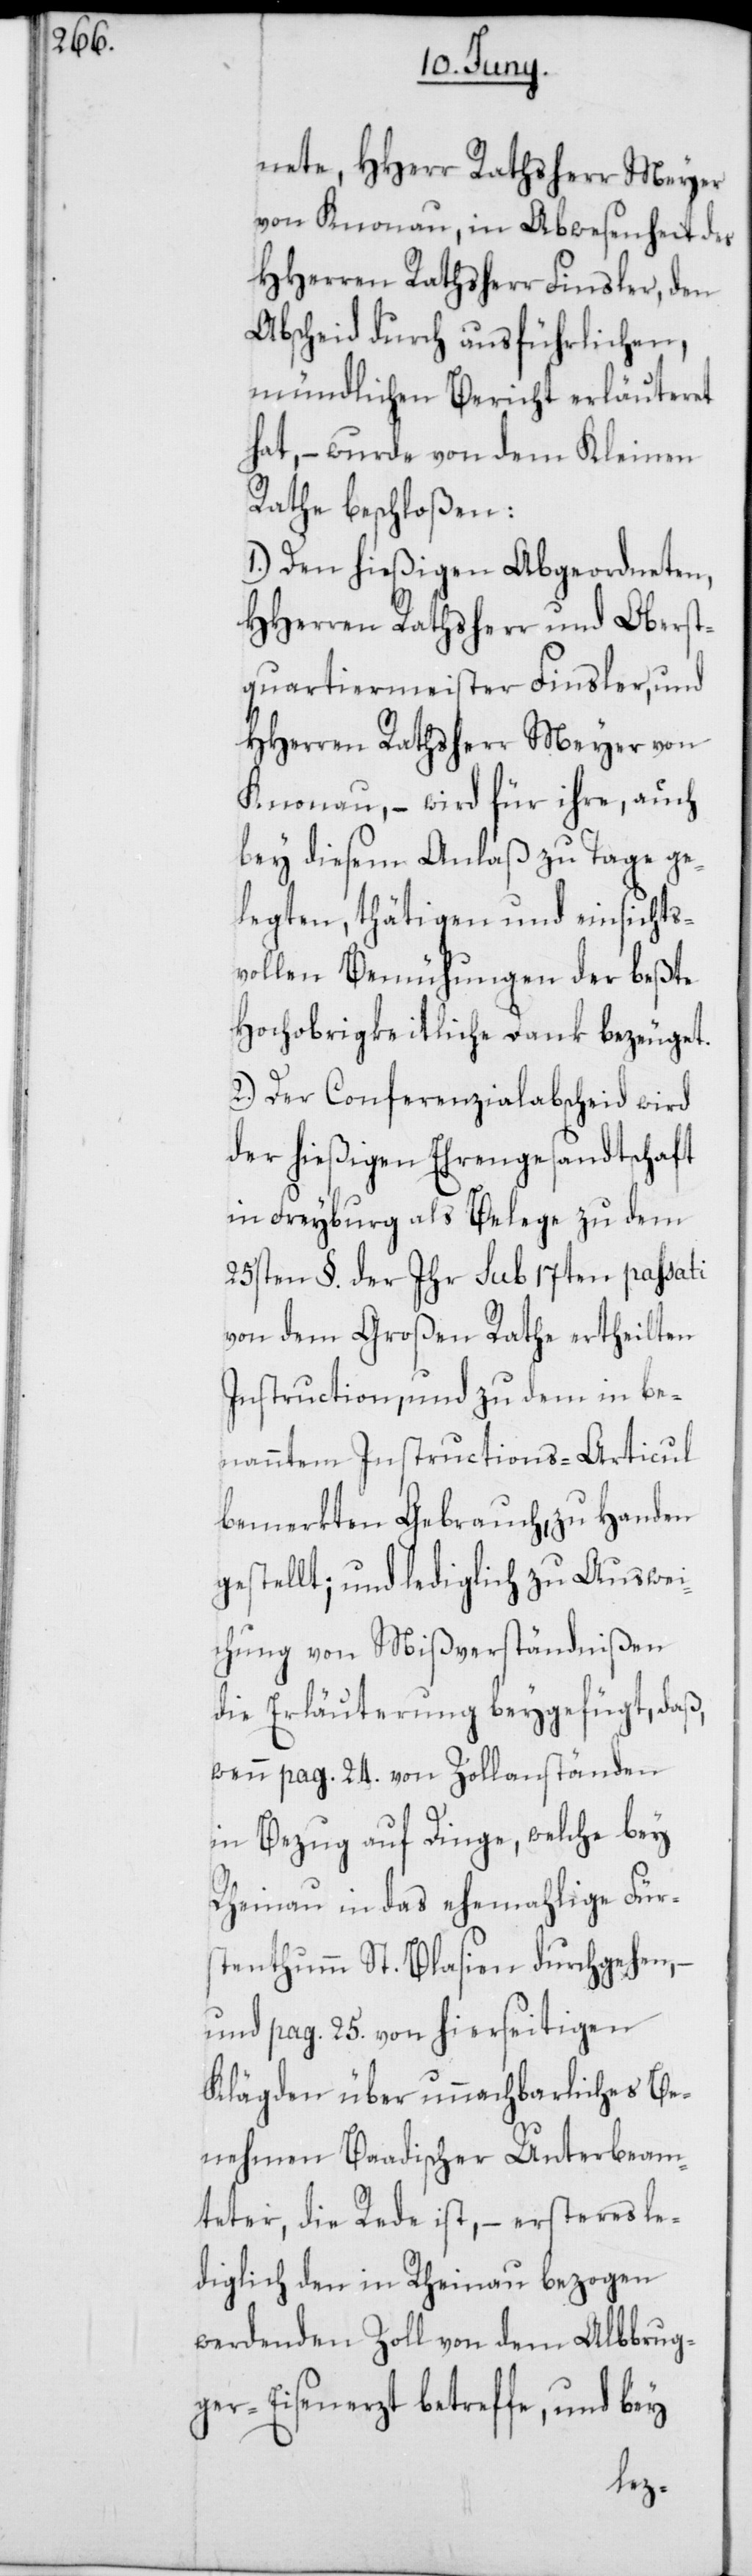
nete, HHerr Rathsherr Meyer
von Knonau, in Abwesenheit des
HHerren Rathsherr Finsler, den
Abscheid durch ausführlichen
mündlichen Bericht erläuteret
hat, – wurde von dem Kleinen
Rathe beschloßen:
1.) Den hießigen Abgeordneten,
HHerren Rathsherr und Oberst¬
quartiermeister Finsler, und
HHerren Rathsherr Meyer von
Knonau, – wird für ihre, auch
bey diesem Anlaß zu Tage ge¬
legten, thätigen und einsichts¬
vollen Bemühungen der beßte
Hochobrigkeitliche Dank bezeuget.
2.) Der Conferenzialabscheid wird
der hießigen Ehrengesandtschaft
in Freyburg als Belege zu dem
25sten §. der ihr sub 17ten passati
von dem großen Rathe ertheilten
Instruction, und zu dem in be¬
nanntem Instructions-Articul
bemerkten Gebrauch, zu Handen
gestellt; und lediglich zu Auswei¬
chung von Mißverständnißen
die Erläuterung beygefügt, daß
wenn pag. 24. von Zollanständen
in Bezug auf Dinge, welche bey
Rheinau in das ehemahlige Fürs¬
tenthum St. Blasien durchgehen,
und pag. 25. von hierseitigen
Klägden über unnachbarliches Be¬
nehmen Baadischer Unterbeam¬
teter, die Rede ist, – ersteres le¬
diglich den in Rheinau bezogen
werdenden Zoll von dem Albbrug¬
ger-Eisenerz betreffe, und bey